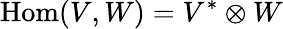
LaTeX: \operatorname{Hom}(V,W)=V^{*}\otimes W